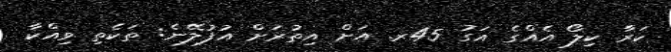
ކަރާ ކިލޯ އެއްގެ އަގު 45ރ. އަށް އިތުރަށް އުފުލޭނެ: ތަކެތި ވިއްކާ